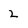
Character: 2